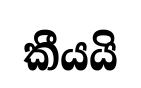
කීයයි